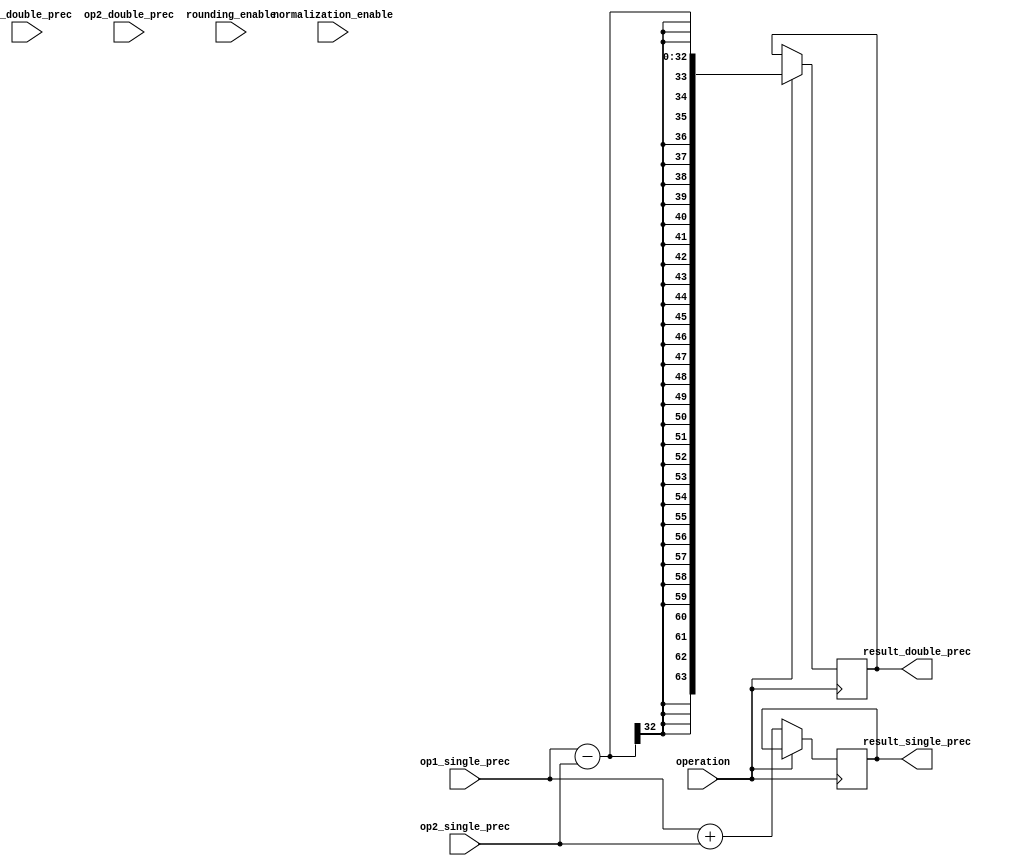
module mixed_precision_fpu (
    input wire [31:0] op1_single_prec,
    input wire [63:0] op1_double_prec,
    input wire [31:0] op2_single_prec,
    input wire [63:0] op2_double_prec,
    input wire operation, // 0 for addition, 1 for subtraction, 2 for multiplication, 3 for division
    input wire rounding_enable,
    input wire normalization_enable,
    output reg [31:0] result_single_prec,
    output reg [63:0] result_double_prec
);

reg [31:0] temp_result_single_prec;
reg [63:0] temp_result_double_prec;

always @(posedge operation) begin
    case(operation)
        0: temp_result_single_prec <= op1_single_prec + op2_single_prec;
        1: temp_result_double_prec <= op1_single_prec - op2_single_prec;
        2: temp_result_single_prec <= op1_single_prec * op2_single_prec;
        3: temp_result_double_prec <= op1_single_prec / op2_single_prec;
    endcase
end

always @(posedge operation) begin
    if(rounding_enable) begin
        // Rounding logic goes here
    end
    if(normalization_enable) begin
        // Normalization logic goes here
    end
end

assign result_single_prec = temp_result_single_prec;
assign result_double_prec = temp_result_double_prec;

endmodule